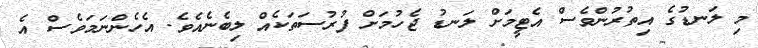
މި ލަނޑުގެ އިތުރުންވެސް އެޓީމަށް ލަނޑު ޖެހުމަށް ފުރުސަތަކެއް ލިބެނެއެވެ. އެހެންނަމަވެސް އެ